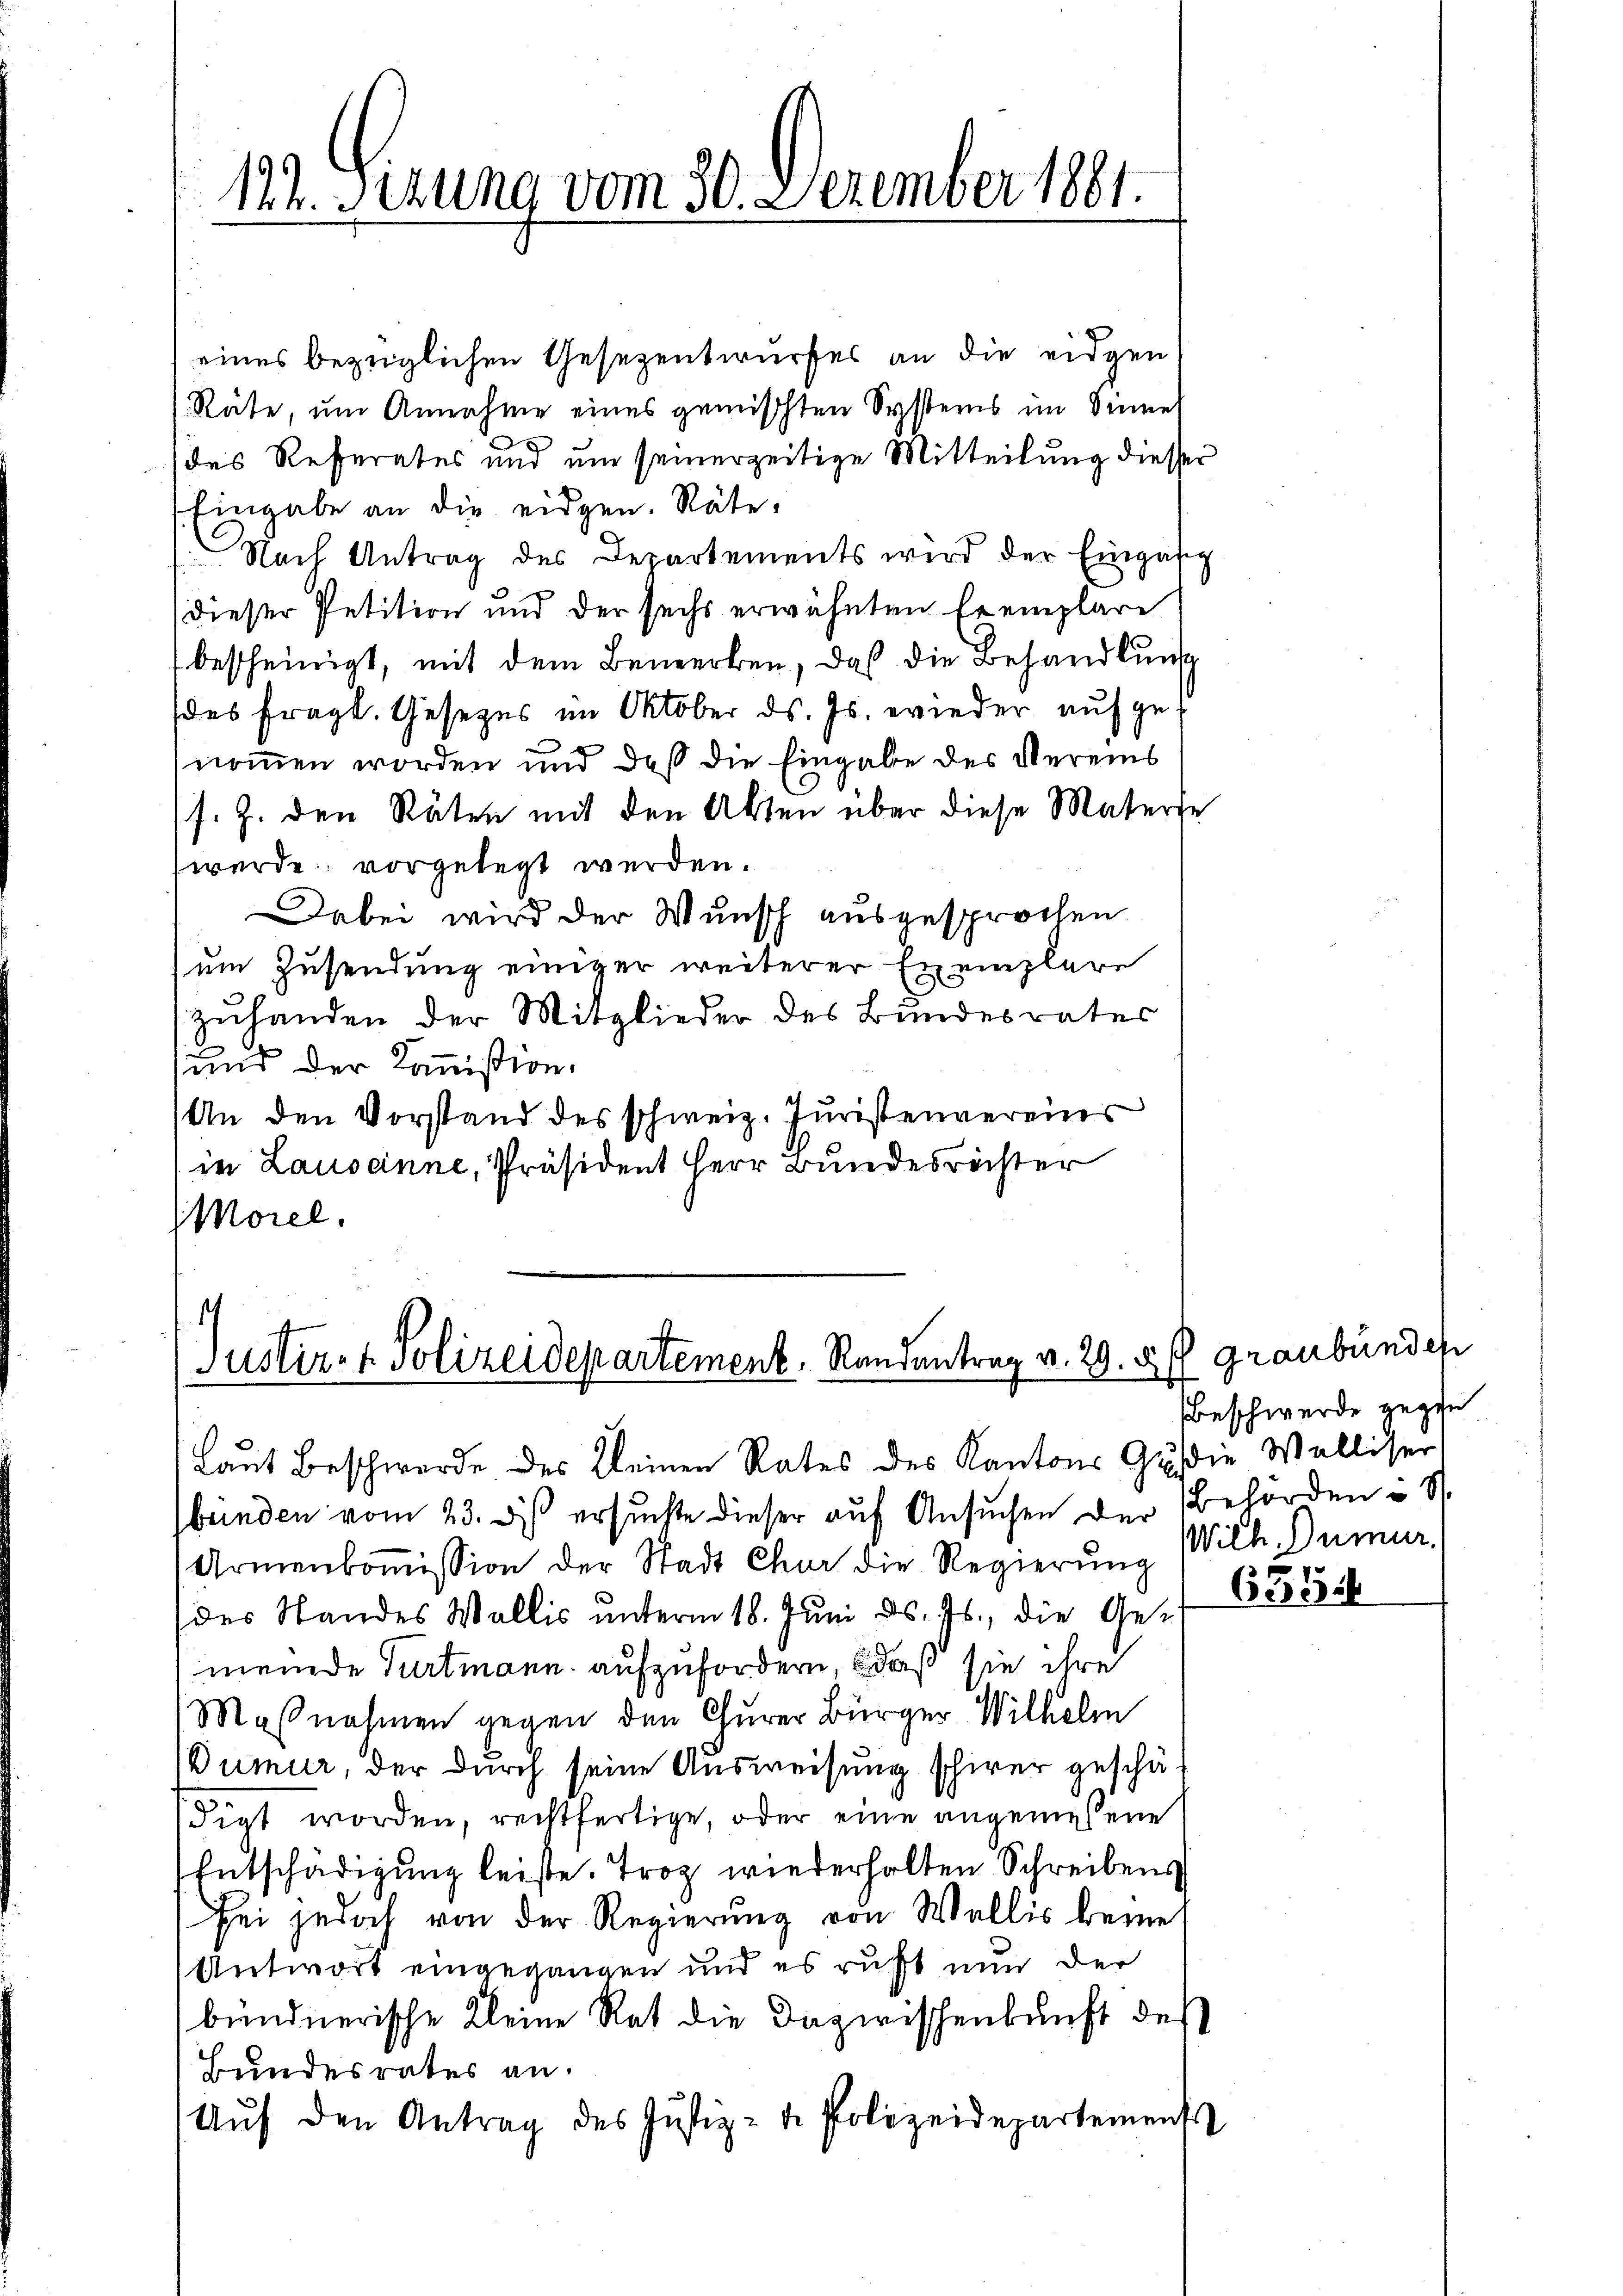
eines bezüglichen Gesezentwurfes an die eidgen
Räte, um Annahme eines gemischten Systems im Sinner
(des Referates und um seinerzeitige Mitteilung diesser
Eingabe an die eidgen. Räte,
Nach Antrag des Departements wird der Eingäsig
dieser Petition und der sechs erwähnten Exemplare
bescheinigt, mit dem Bemerken, daß die Behandlung
des fragl. Gesezes im Oktober ds. Js. wieder aufgenommen worden und daß die Eingabe des Vereins
s. Z. den Räten mit den Akten über diese Materse
werde vorgelegt werden.
Dabei wird der Wunsch ausgesprochen
um Zusendung einiger weiterer Exemplare
zuhanden der Mitglieder des Bundesrates
und der Kommission.
An den Vorstand des schweiz. Juristenvereins
in Lauseinne, Präsident Herr Bundesrichter
(Morel,

122. Sizung vom 20. Dezember 1801.

1
Justiz- & Polizeidepartement, Randentrag v. 29. d. Graubünden

Laut Beschwerde des Kleinen Rates des Kantons Gr. die Walliser
bünden vom 23. ds. ersuchte dieser auf Ansuchen der Behörden i S.
Armenkoṁission der Stadt Chur die Regierŭng Wilh. Dumur
des Standes Wallis unterm 18. Juni d. Js., die Gese
meinde Turtmann aufzufordern, daß sie ihre
Maßnahmen gegen den Churer Bürger Wilhelm
Dumur, der durch seine Ausweisung schirer geschädigt worden, rechtfertige, oder eine angemessene
Entschädigung leiste. Troz wiederholten Schreibens
sei jedoch von der Regierung von Wallis keine
Antwort eingegangen und es ruht nun der
bündnerische Kleine Rat die Dazwischenkunft des
Bundesrates an.
Aŭf den Antrag des Jŭstiz- u. Polizeidepartements

Beschwerde gegen
F

63336